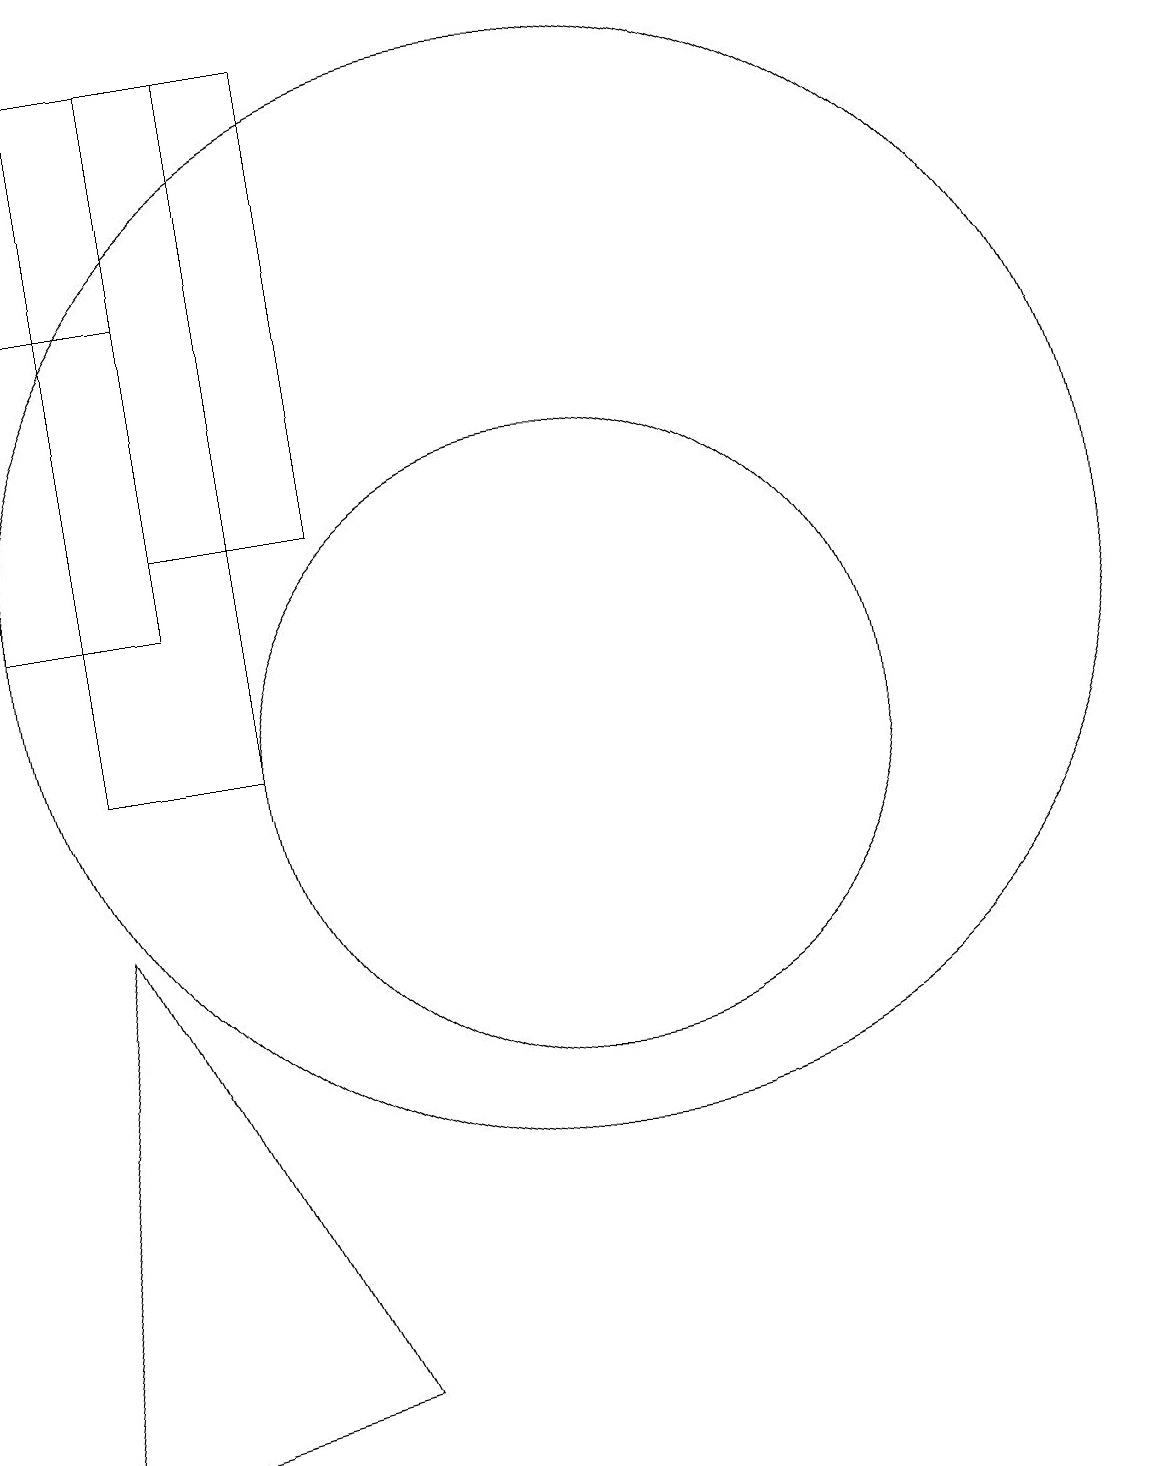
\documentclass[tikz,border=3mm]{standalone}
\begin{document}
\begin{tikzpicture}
\draw (11,12) circle (7);
\draw (7,19) rectangle (5,10);
\draw (8,19) rectangle (6,13);
\draw (11,10) circle (4);
\draw (8,2) -- (5,8) -- (4,1) -- cycle;
\draw (6,16) rectangle (4,12);
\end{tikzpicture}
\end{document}